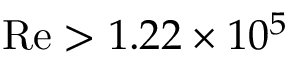
\mathrm { R e } > 1 . 2 2 \times 1 0 ^ { 5 }